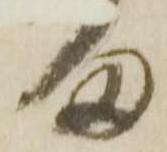
ま